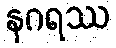
နဂရဿ